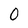
Character: 0